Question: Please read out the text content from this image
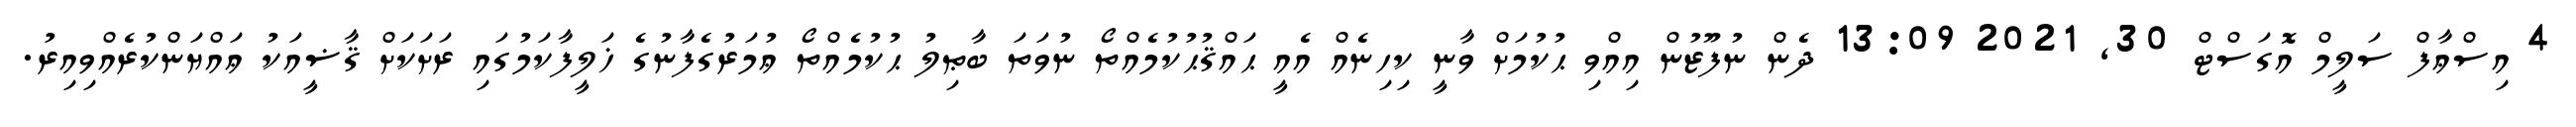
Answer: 4 އިސްޢާފް ސަލީމް އޮގަސްޓް 30, 2021 13:09 ދެން ނުފޫޒުން އިއްވި ޙުކުމަށް ވާނީ ކިހިނެއް އެއީ ޙައްޤުޙުކުމެއްތޯ ނުވަތަ ބާޠިލު ޙުކުމެއްތޯ ޢުމަރުގެފާނުގެ ޚަލީފާކަމުގައި ރަށަކަށް ޤާޟީއަކު ޢައްޔަންކުރެއްވިއިރު.